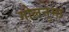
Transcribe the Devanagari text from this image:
गोलनुमा